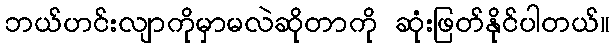
ဘယ်ဟင်းလျာကိုမှာမလဲဆိုတာကို ဆုံးဖြတ်နိုင်ပါတယ်။